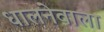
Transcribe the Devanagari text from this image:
धालनेवाला